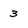
Character: 3